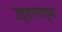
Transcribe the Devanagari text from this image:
उड्डाणांच्या